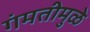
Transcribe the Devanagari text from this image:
गंमतीमुळे